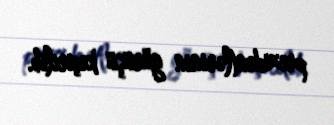
prezidentlərinin görüşü keçirilib.